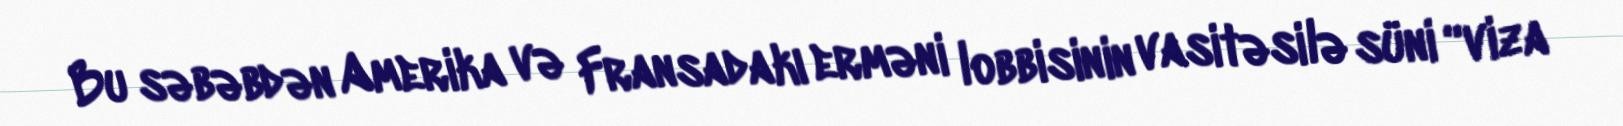
Bu səbəbdən Amerika və Fransadakı erməni lobbisinin vasitəsilə süni “viza